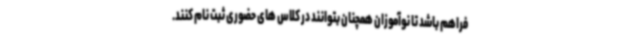
فراهم باشد تا نوآموزان همچنان بتوانند در کلاس های حضوری ثبت نام کنند.